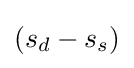
(s_{d}-s_{s})